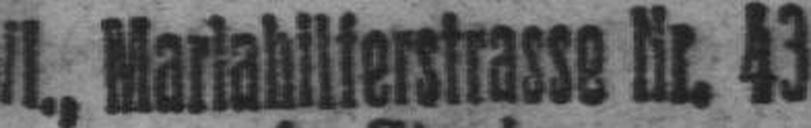
###., Mariahilferstrasse Nr. 43